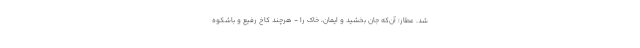
شد. عطار؛ آن‌که جان بخشید و ایمان، خاک را - هرچند کاخ رفیع و باشکوه